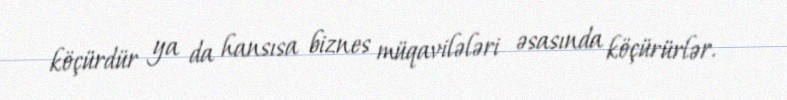
köçürdür ya da hansısa biznes müqavilələri əsasında köçürürlər.